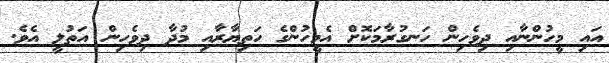
އައި މީހުންނާއި ދިވެހިން ހަނގުރާމަކޮށް އެމީހުންގެ ހަތިޔާރާއި މުދާ ދިވެހިން އަތުލީ އެވެ.